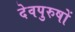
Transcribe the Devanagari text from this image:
देवपुरुषों